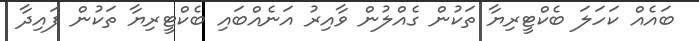
ބައެއް ކަހަލަ ބެކްޓީރިޔާ ތަކުން ގެއްލުން ވާއިރު އަނެއްބައި ބެކްޓީރިޔާ ތަކުން ފައިދާ